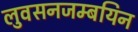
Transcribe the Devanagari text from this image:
लुवसनजम्बयिन